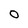
Character: O